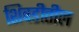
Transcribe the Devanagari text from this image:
शिवडीतील